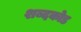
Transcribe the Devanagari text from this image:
शब्दकोड